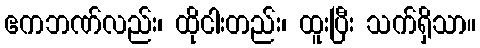
ဧကဘဏ်လည်း၊ ထိုငါးတည်း၊ ထူးပြီး သက်ရှိသာ။